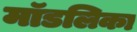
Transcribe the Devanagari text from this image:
मॉडलिका